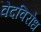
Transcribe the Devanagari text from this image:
वेदविरोध